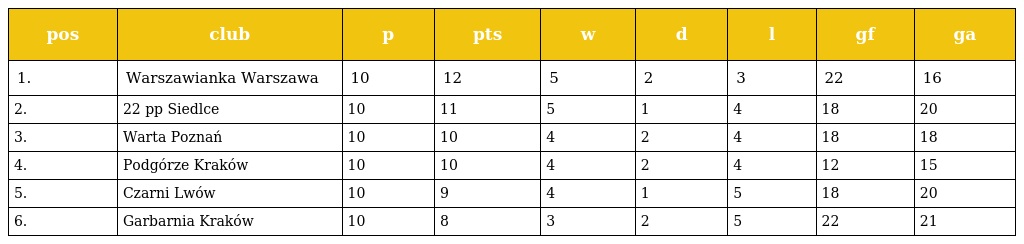
| pos | club | p | pts | w | d | l | gf | ga |
 | --- | --- | --- | --- | --- | --- | --- | --- | --- |
 | 1. | Warszawianka Warszawa | 10 | 12 | 5 | 2 | 3 | 22 | 16 |
 | 2. | 22 pp Siedlce | 10 | 11 | 5 | 1 | 4 | 18 | 20 |
 | 3. | Warta Poznań | 10 | 10 | 4 | 2 | 4 | 18 | 18 |
 | 4. | Podgórze Kraków | 10 | 10 | 4 | 2 | 4 | 12 | 15 |
 | 5. | Czarni Lwów | 10 | 9 | 4 | 1 | 5 | 18 | 20 |
 | 6. | Garbarnia Kraków | 10 | 8 | 3 | 2 | 5 | 22 | 21 |